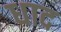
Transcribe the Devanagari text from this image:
धाद